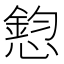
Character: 憌